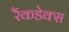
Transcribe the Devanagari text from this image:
रैंकडेक्स